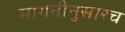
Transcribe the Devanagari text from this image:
मागनीनुसारच